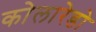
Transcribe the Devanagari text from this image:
कोलारेडो